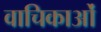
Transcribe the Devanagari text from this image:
वाचिकाओं